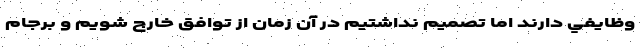
وظايفي دارند اما تصميم نداشتيم در آن زمان از توافق خارج شويم و برجام